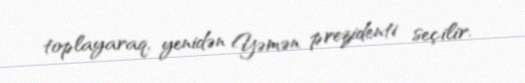
toplayaraq, yenidən Yəmən prezidenti seçilir.